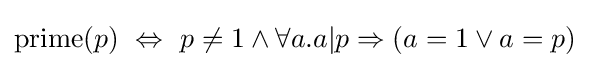
\mathrm {prime} (p)\ \Leftrightarrow \ p\neq 1\land \forall a.a|p\Rightarrow (a=1\lor a=p)